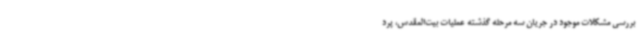
بررسی مشکلات موجود در جریان سه مرحله گذشته عملیات بیت‌المقدس، پرد